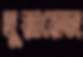
হুয়ারেজ